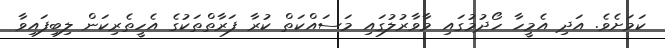
ކަމަށެވެ. އަދި އެމީހާ ހޯދުމުގައި މާވާރުލުގައި މަސައްކަތް ކުރާ ފަރާތްތަކުގެ އެހީތެރިކަން ލިބިފައިވާ